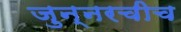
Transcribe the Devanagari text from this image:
जुन्‍नरचीच